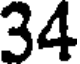
34